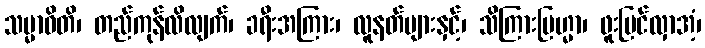
သမ္မာဓိတိ၊ တည်ကုန်လိလျက်၊ ခရီးအကြား၊ လူနတ်များနှင့်၊ သိကြားဗြဟ္မာ၊ ဖူးမြင်လှာအံ့၊